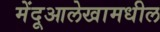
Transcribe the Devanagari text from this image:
मेंदूआलेखामधील